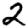
Digit: 2